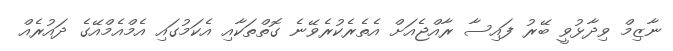
ނާޒިމް ވިދާޅުވީ ބޭރު ފައިސާ ރާއްޖެއަށް އެތެރެކުރެވޭނެ ގޮތްތަކާއި އެކަމުގައި އެމްއެމްއޭގެ ދައުރެއް